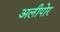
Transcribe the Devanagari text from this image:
अलीपोर